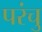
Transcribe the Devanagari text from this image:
परंचु